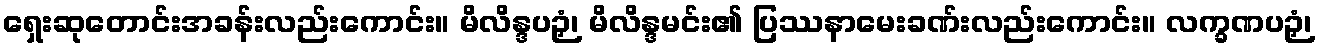
ရှေးဆုတောင်းအခန်းလည်းကောင်း။ မိလိန္ဒပဉှံ၊ မိလိန္ဒမင်း၏ ပြဿနာမေးခဏ်းလည်းကောင်း။ လက္ခဏပဉှံ၊